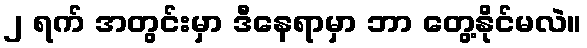
၂ ရက် အတွင်းမှာ ဒီနေရာမှာ ဘာ တွေ့နိုင်မလဲ။